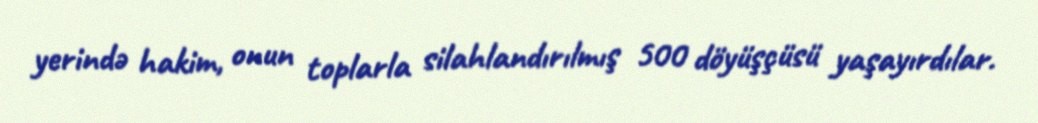
yerində hakim, onun toplarla silahlandırılmış 500 döyüşçüsü yaşayırdılar.